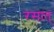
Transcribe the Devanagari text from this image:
रसात्